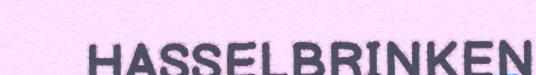
HASSELBRINKEN